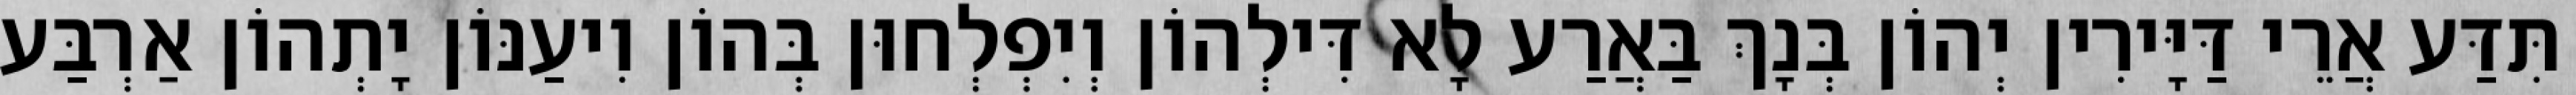
תִּדַּע אֲרֵי דַּיָּירִין יְהוֹן בְּנָךְ בַּאֲרַע לָא דִּילְהוֹן וְיִפְלְחוּן בְּהוֹן וִיעַנּוֹן יָתְהוֹן אַרְבַּע